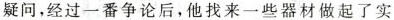
疑问，经过一番争论后，他找来一些器材做起了实